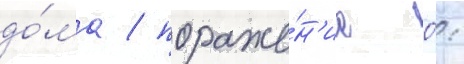
до́ма / пораже́н'ие 0: